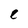
Character: e